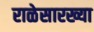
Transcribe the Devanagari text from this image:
राळेसारख्या